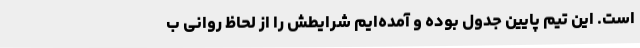
است. این تیم پایین جدول بوده و آمده‌ایم شرایطش را از لحاظ روانی ب